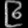
Digit: ၉